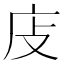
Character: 𢇮